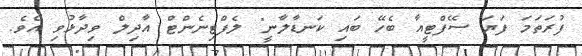
ފުރަތަމަ ފަޔަ ސޭފްޓީއާ ބެހޭ ބައި ކަނޑާލާނީ" ލެފްޓިނެންޓް އާދިލް ވިދާޅުވި އެވެ.